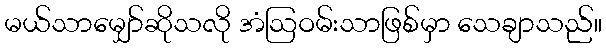
မယ်သာမျှော်ဆိုသလို အံဩဝမ်းသာဖြစ်မှာ သေချာသည်။